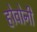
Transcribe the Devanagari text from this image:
होवोनी